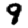
Digit: 9